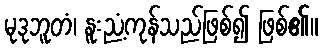
မုဒုဘူတံ၊ နူးညံ့ကုန်သည်ဖြစ်၍ ဖြစ်၏။